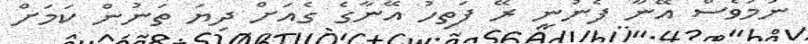
ނަމަވެސް އޭނާ ފެނުނީ ރޭ ފަތިހު އޭނާގެ ގެއަށް ދިޔަ ތަނުން ކަމަށް